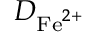
D _ { \mathrm { F e } ^ { 2 + } }